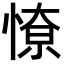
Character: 𭝷